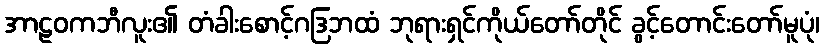
အာဠဝကဘီလူး၏ တံခါးစောင့်ဂဒြဘထံ ဘုရားရှင်ကိုယ်တော်တိုင် ခွင့်တောင်းတော်မူပုံ၊